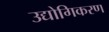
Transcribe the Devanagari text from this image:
उद्योगिकरण